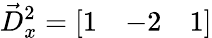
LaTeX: {\vec{D}}_{x}^{2}={\left[\begin{array}{lll}{1}&{-2}&{1}\end{array}\right]}